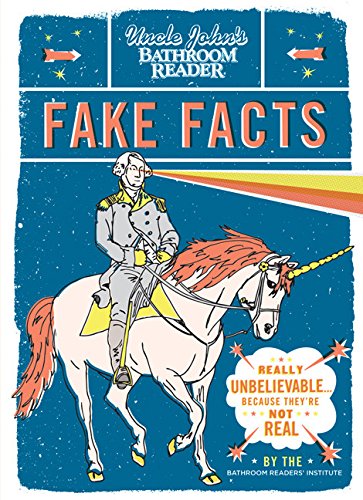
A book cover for Uncle John's Bathroom Reader Fake Facts: Really Unbelievable . . . Because They're Not Real; Bathroom Readers' Institute; Reference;